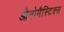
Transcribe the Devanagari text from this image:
ओनोमैस्टिक्स